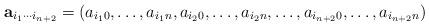
LaTeX: \begin{align*} \mathbf{a}_{i_{1}\cdots i_{n+2}}=(a_{i_{1}0},\ldots, a_{i_{1}n},a_{i_{2}0},\ldots, a_{i_{2}n}, \ldots, a_{i_{n+2}0},\ldots, a_{i_{n+2}n}) \end{align*}